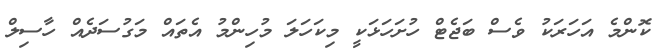
ކޮންމެ އަހަރަކު ވެސް ބަޖެޓް ހުށަހަޅަކީ މިކަހަލަ މުހިންމު އެތައް މަގުސަދެއް ހާސިލް